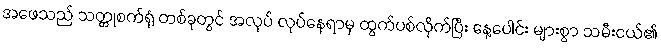
အဖေသည် သတ္တုစက်ရုံ တစ်ခုတွင် အလုပ် လုပ်နေရာမှ ထွက်ပစ်လိုက်ပြီး နေ့ပေါင်း များစွာ သမီးငယ်၏